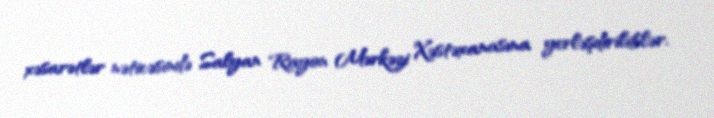
xəsarətlər nəticəsində Salyan Rayon Mərkəzi Xəstəxanasına yerləşdiriliblər.